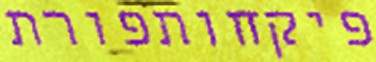
פיקחותפורת